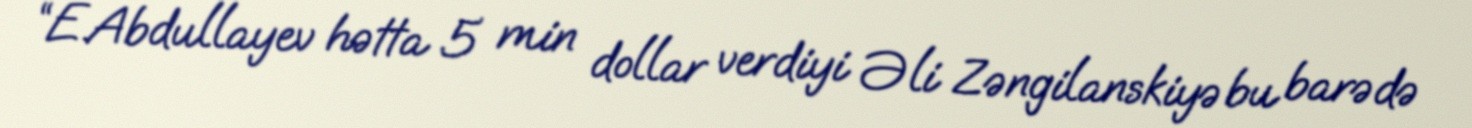
“E.Abdullayev hətta 5 min dollar verdiyi Əli Zəngilanskiyə bu barədə